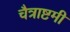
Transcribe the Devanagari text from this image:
चैत्राष्टमी